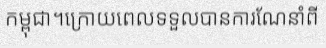
កម្ពុជា។ក្រោយពេលទទួលបានការណែនាំពី